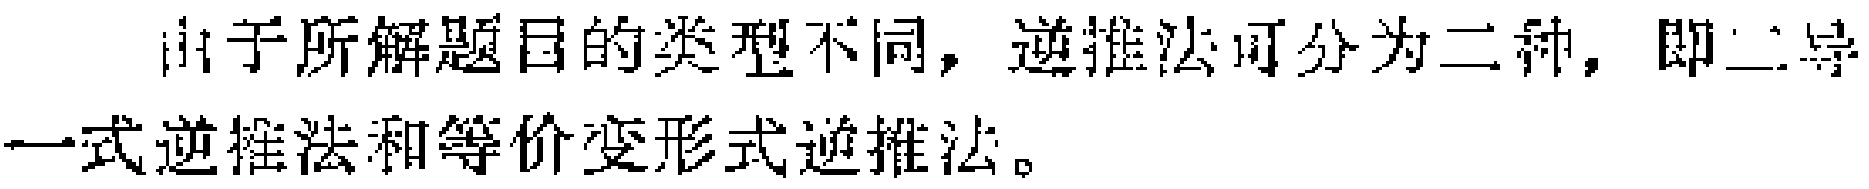
由于所解题目的类型不同，逆推法可分为二种，即二导一式逆推法和等价变形式逆推法。